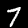
Label: 7